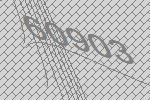
60903